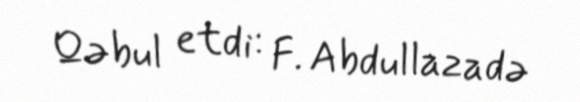
Qəbul etdi: F. Abdullazadə